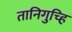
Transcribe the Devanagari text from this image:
तानिगुच्हि